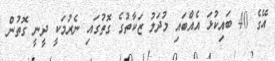
އޭގެ 40 ބައިކުޅަ އެއްބައި މުދަލު ޒަކާތުގެ ގޮތުގައި ނެރުމަކީ ދީނީ ގޮތުން